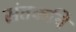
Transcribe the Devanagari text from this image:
संतकवि